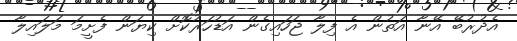
އެދުރުބޭ އޭނާ އަތުން އެ ފިލާ ޖަހައިގެން އަޑުހަރުކޮށް ކިޔަން ފެށީމަ މަލައިލާ